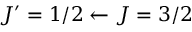
J ^ { \prime } = 1 / 2 \leftarrow J = 3 / 2